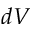
d V